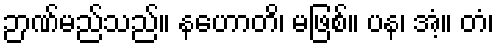
ဉာဏ်မည်သည်။ နဟောတိ၊ မဖြစ်။ ပန၊ အံ့။ တံ၊